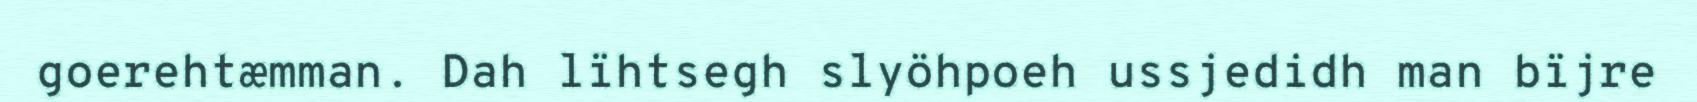
goerehtæmman. Dah lïhtsegh slyöhpoeh ussjedidh man bïjre